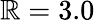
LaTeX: \mathbb{R}=3.0